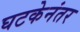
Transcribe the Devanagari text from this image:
घटकेनंतर